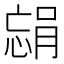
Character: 𫺴